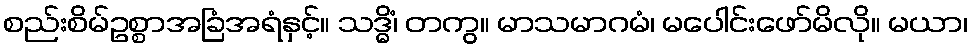
စည်းစိမ်ဥစ္စာအခြံအရံနှင့်။ သဒ္ဓိံ၊ တကွ။ မာသမာဂမံ၊ မပေါင်းဖော်မိလို။ မယာ၊